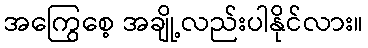
အကြွေစေ့ အချို့လည်းပါနိုင်လား။